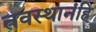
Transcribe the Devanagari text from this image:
तवस्थानंहि